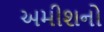
અમીશનો